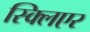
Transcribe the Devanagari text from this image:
स्क्लिएर